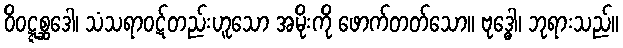
ဝိဝဋ္ဋစ္ဆဒေါ၊ သံသရာဝဋ်တည်းဟူသော အမိုးကို ဖောက်တတ်သော။ ဗုဒ္ဓေါ၊ ဘုရားသည်။